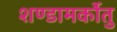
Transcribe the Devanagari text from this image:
शण्डामर्कोतु